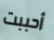
أحببت